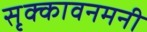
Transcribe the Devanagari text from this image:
सृक्कावनमनी